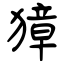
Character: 獐